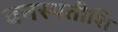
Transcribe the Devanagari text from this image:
वनस्पतीशि